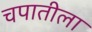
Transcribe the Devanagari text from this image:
चपातीला